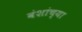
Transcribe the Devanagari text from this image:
वंशांच्या